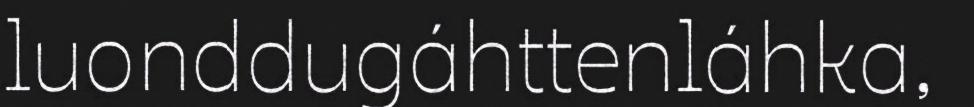
luonddugáhttenláhka,